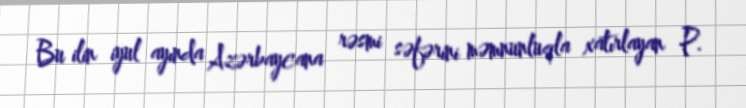
Bu ilin iyul ayında Azərbaycana rəsmi səfərini məmnunluqla xatırlayan P.